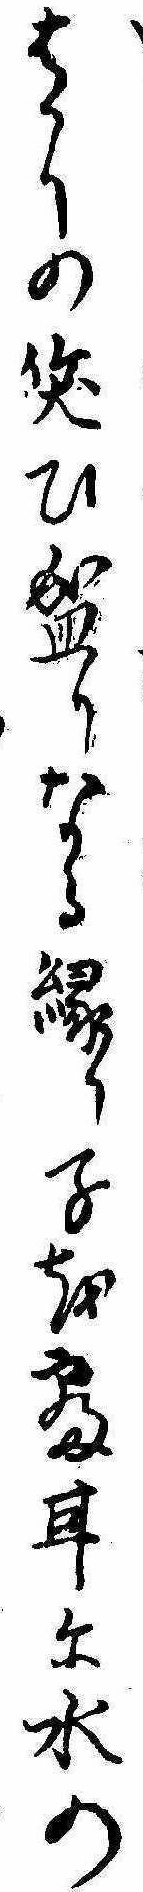
はかりの笑ひ盛りなる緑り子を寝耳に水の